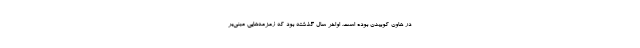
در هاون کوبیدن بوده است. اواخر سال گذشته بود که زمزمه‌هایی مبنی‌بر